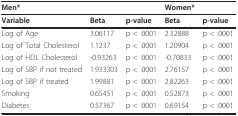
<table><thead><tr><td><b>Men*</b></td><td></td><td></td><td><b>Women*</b></td><td></td></tr></thead><tbody><tr><td><b>Variable</b></td><td><b>Beta</b></td><td><b>p-value</b></td><td><b>Beta</b></td><td><b>p-value</b></td></tr><tr><td>Log of Age</td><td>3.06117</td><td>p &lt; .0001</td><td>2.32888</td><td>p &lt; .0001</td></tr><tr><td>Log of Total Cholesterol</td><td>1.1237</td><td>p &lt; .0001</td><td>1.20904</td><td>p &lt; .0001</td></tr><tr><td>Log of HDL Cholesterol</td><td>-0.93263</td><td>p &lt; .0001</td><td>-0.70833</td><td>p &lt; .0001</td></tr><tr><td>Log of SBP if not treated</td><td>1.933303</td><td>p &lt; .0001</td><td>2.76157</td><td>p &lt; .0001</td></tr><tr><td>Log of SBP if treated</td><td>1.99881</td><td>p &lt; .0001</td><td>2.82263</td><td>p &lt; .0001</td></tr><tr><td>Smoking</td><td>0.65451</td><td>p &lt; .0001</td><td>0.52873</td><td>p &lt; .0001</td></tr><tr><td>Diabetes</td><td>0.57367</td><td>p &lt; .0001</td><td>0.69154</td><td>p &lt; .0001</td></tr></tbody></table>